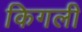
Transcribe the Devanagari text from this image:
किगली